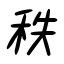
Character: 秩